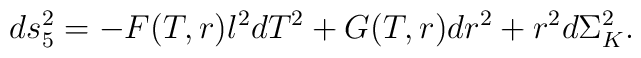
ds_5^2 = -F(T,r) l^2dT^2 + G(T,r)dr^2 + r^2 d\Sigma^2_K.